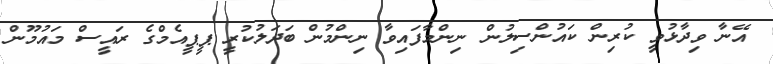
އޭނާ ވިދާޅުވީ ކުރިން ކައުންސިލުން ނިންމާފައިވާ ނިންމުން ބަދަލުކުރީ ޕީޕީއެމްގެ ރައީސް މައުމޫން